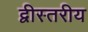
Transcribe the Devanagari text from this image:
द्वीस्तरीय